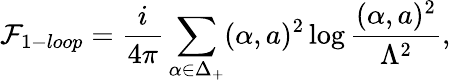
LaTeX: {\cal F}_{1-loop}={\frac{i}{4\pi}}\sum_{\alpha\in\Delta_{+}}(\alpha,a)^{2}\log{\frac{(\alpha,a)^{2}}{\Lambda^{2}}},